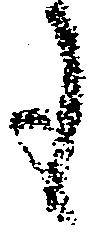
も